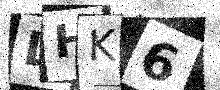
Text: LHK6